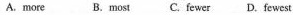
A.more B.most C. fewer D. fewest